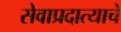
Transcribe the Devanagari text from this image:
सेवाप्रदात्याचे